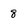
Character: 8